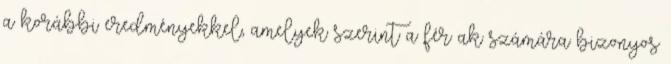
a korábbi eredményekkel, amelyek szerint a férﬁak számára bizonyos